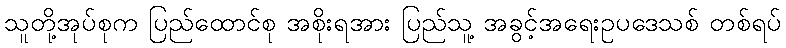
သူတို့အုပ်စုက ပြည်ထောင်စု အစိုးရအား ပြည်သူ့ အခွင့်အရေးဥပဒေသစ် တစ်ရပ်